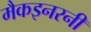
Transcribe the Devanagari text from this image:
मैकइनरनी